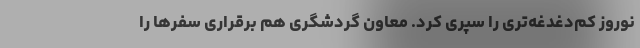
نوروز کم‌دغدغه‌تری را سپری کرد. معاون گردشگری هم برقراری سفرها را